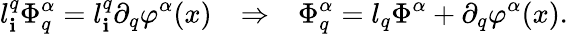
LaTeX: l_{\mathbf{i}}^{q}\Phi_{q}^{\alpha}=l_{\mathbf{i}}^{q}\partial_{q}\varphi^{\alpha}(x)~~~\Rightarrow~~~\Phi_{q}^{\alpha}=l_{q}\Phi^{\alpha}+\partial_{q}\varphi^{\alpha}(x).